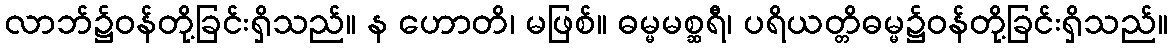
လာဘ်၌ဝန်တို့ခြင်းရှိသည်။ န ဟောတိ၊ မဖြစ်။ ဓမ္မမစ္ဆရီ၊ ပရိယတ္တိဓမ္မ၌ဝန်တို့ခြင်းရှိသည်။